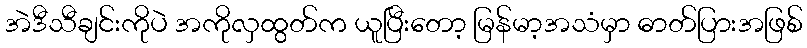
အဲဒီသီချင်းကိုပဲ အကိုလှထွတ်က ယူပြီးတော့ မြန်မာ့အသံမှာ ဓာတ်ပြားအဖြစ်